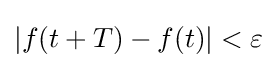
\left|f(t+T)-f(t)\right|<\varepsilon